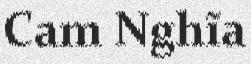
Cam Nghĩa